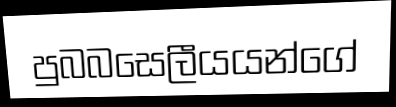
පුබබසෙලීයයන්ගේ